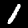
Label: 1